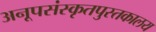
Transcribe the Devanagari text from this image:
अनूपसंस्कृतपुस्तकालय